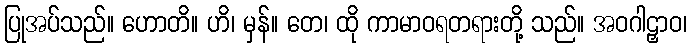
ပြုအပ်သည်။ ဟောတိ။ ဟိ၊ မှန်။ တေ၊ ထို ကာမာဝရတရားတို့ သည်။ အဝဂါဠှာဝ၊